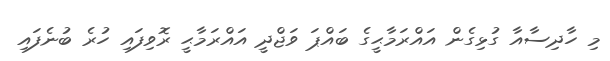
މި ހާދިސާއާ ގުޅިގެން އައްރަމާޙީގެ ބައްޕަ ވަޖްދީ އައްރަމާޙީ ރޮވިފައި ހުރެ ބުނެފައި